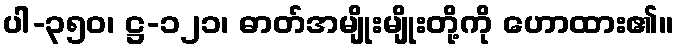
ပါ-၃၅၀၊ ဋ္ဌ-၁၂၁၊ ဓာတ်အမျိုးမျိုးတို့ကို ဟောထား၏။